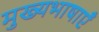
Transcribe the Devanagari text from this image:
मुख्यभाषाएँ